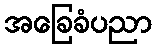
အခြေခံပညာ